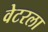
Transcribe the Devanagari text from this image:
वेटरला